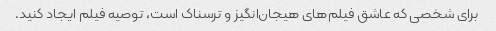
برای شخصی که عاشق فیلم‌های هیجان‌انگیز و ترسناک است، توصیه فیلم ایجاد کنید.